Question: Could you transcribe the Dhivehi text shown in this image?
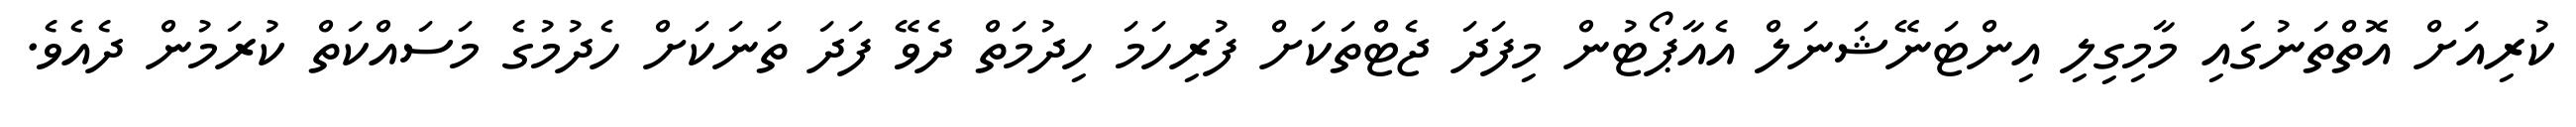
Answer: ކުރިއަށް އޮތްތަނުގައި މާމިގިލި އިންޓަނޭޝަނަލް އެއާޕޯޓުން މިފަދަ ޖެޓްތަކަށް ފުރިހަމަ ހިދުމަތް ދެވޭ ފަދަ ތަނަކަށް ހެދުމުގެ މަސައްކަތް ކުރަމުން ދެއެވެ.